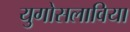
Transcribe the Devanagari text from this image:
युगोसलाविया